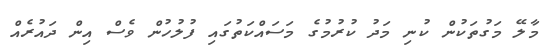
މާލޭ މަގުތަކުން ކުނި މަދު ކުރުމުގެ މަސައްކަތުގައި ފުލުހުން ވެސް އިން ދައުރެއް